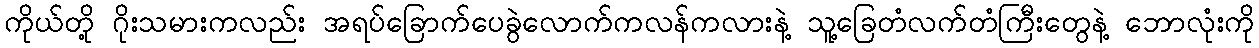
ကိုယ်တို့ ဂိုးသမားကလည်း အရပ်ခြောက်ပေခွဲလောက်ကလန်ကလားနဲ့ သူ့ခြေတံလက်တံကြီးတွေနဲ့ ဘောလုံးကို